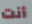
أنت